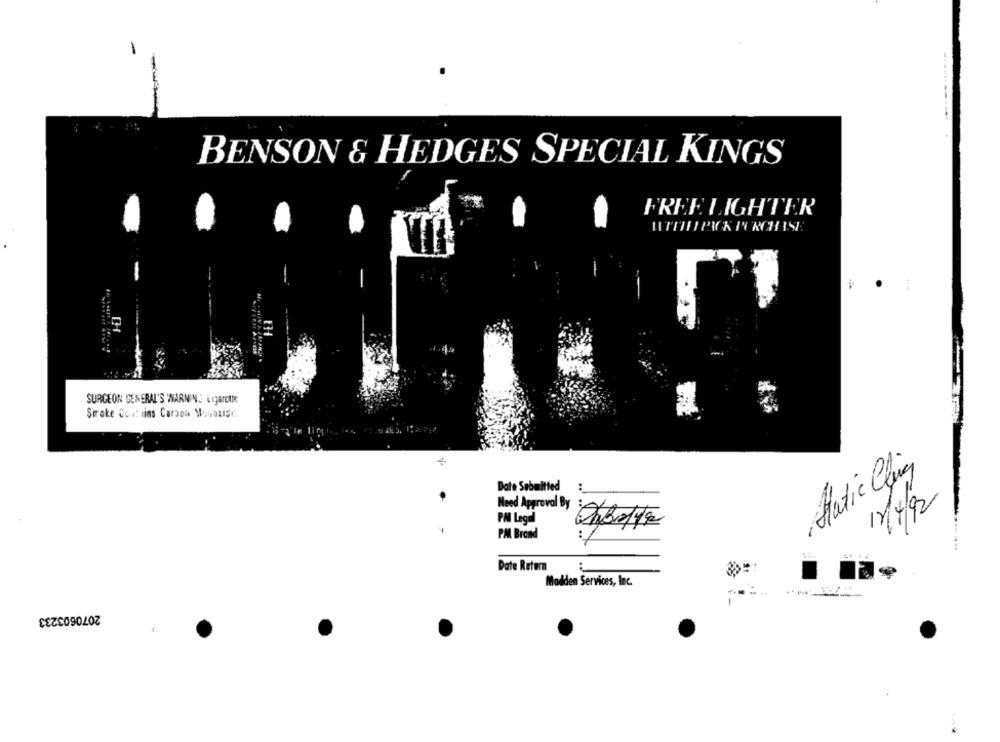
BENSON & HEDGES SPECIAL KINGS
FREE LIGHTER
ITOU PICK PURCHASE
SURGEON GENERAL'S WARNEN LIgarette
Stroke Cost iins Carson Monaxisc.
Matic Cig
Date Submitted
Need Approval By
11/4/92
PM Legal
PM Brand
Date Return
Modden Services, Inc.
2070603233